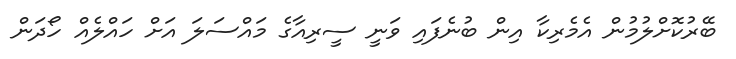
ބޭރުކޮށްލުމުން އެމެރިކާ އިން ބުނެފައި ވަނީ ސީރިއާގެ މައްސަލަ އަށް ހައްލެއް ހޯދަން